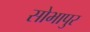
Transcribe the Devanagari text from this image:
सोभापुर